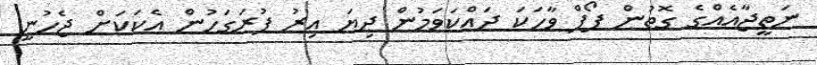
ނަތީޖާއެއްްގެ ގޮތުން ޕޯޕް ވާހަކަ ދައްކަވަމުން ދިޔަ އިރު ފުރަގަހުން އެކަކަށް ޖެހުނީ